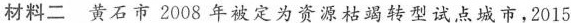
材料二 黄石市2008年被定为资源枯竭转型试点城市，2015